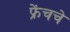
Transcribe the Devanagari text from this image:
फ्रेंचचे